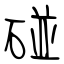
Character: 碰